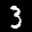
Label: 3